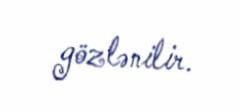
gözlənilir.